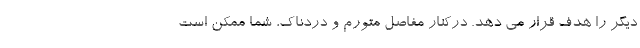
دیگر را هدف قرار می دهد. درکنار مفاصل متورم و دردناک، شما ممکن است